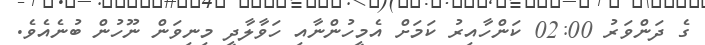
ގެ ދަންވަރު 02:00 ކަންހާއިރު ކަމަށް އެމީހުންނާއި ހަވާލާދީ މިނިވަން ނޫހުން ބުނެއެވެ.